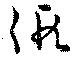
仮